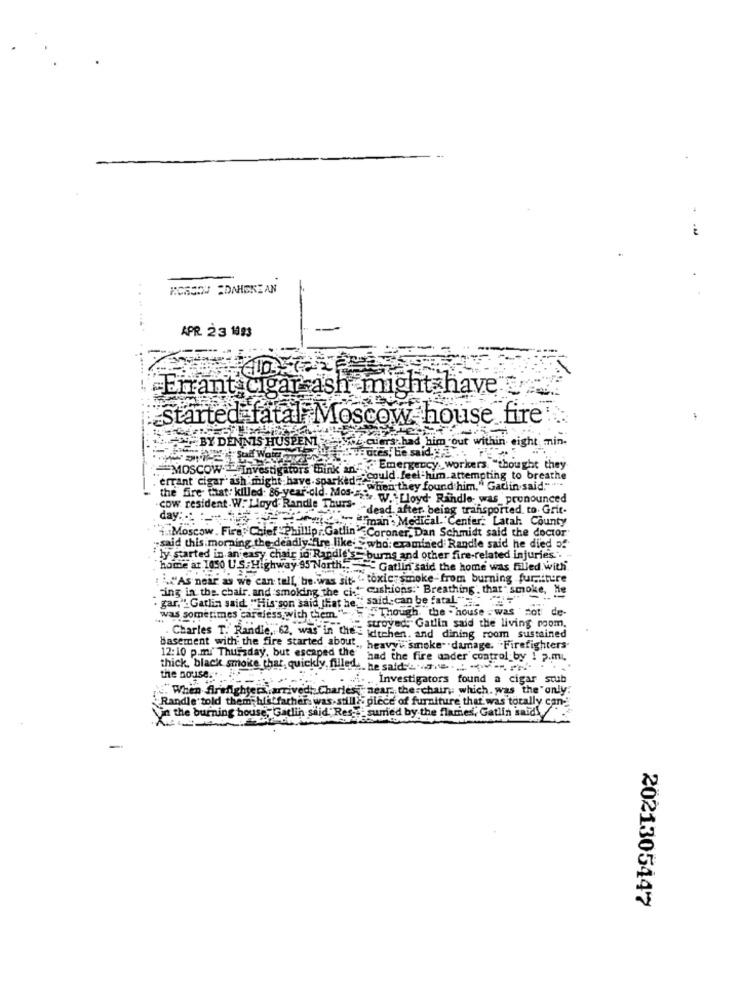
.
KORSOW ADAHEKEAN
.......
APR 23 1183
..... ..
Errant cigar ash might have
started fatal. Moscow house fire
BY DENNIS HUSPENI
cuers had him out within eight min-
Bares, he said. ....
MOSCOW
Investigators think in Emergency, workers "thought they
errant cigar' ash might have.sparked=>could feel-him.attempting to breathe
"when they found him," Gatlin said." ...
the fire that: killed: 86-year-old. Mos ...... W . Floyd. Rindlo- was_pronounced
cow resident.W."Lloyd- Randle Thurs" dead, after being transported to. Grit.
day: : : iban Medical Center Latah County
4. Moscow. Fire. Chief "Phillip .. Gatlin ECoroner, Dan Schmidt said the doctor
-said this morning the deadly fire like , who: examined Randle said he died 5!
"ly started in an easy chair io Randle's- burns and other fire-related injuries.
"home at 1050 U.S.Highway 95 North .. " Gatlin said the home was filled with.
"As near as we can tell, be.was sit- " toxic smoke-from burning furniture
Fing in the. chair. and smoking the ci- Cushions:" Breathing'. that" smoke, He
he. " said can be fatal"
. gar," Gatlin said "His son said that he _ 5
was sometimes careless with them"- 5 . Though, the . house - was not de-
Charles T. Randle, 62, was In nl- strove Gatlin said the living room.
idtehen. and dining room sustained
Basement with the fire started about ,, heavyi smoke" .damage. Firefighters-
12:10 p.m. Thursday, but escaped the
had the fire under control by I p.m.
thick, black smoke thar, quickly, filled he said -.. . ...
the nouse.
. Investigators found a cigar stub
When Arefighters arrivedCharles , near the chair, which. was the only
"Randle told them; bist father was still , piece of furniture that was totally can-
in the burning house, Gatlin said," Res, " sumed by the flames, Gatlin id
2021305447